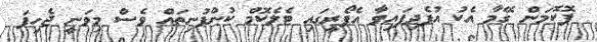
ޕޮކޮމަން ގޭމާ އެކު އުފެދިފައިވާ އެފޯރީގައި ޓެލެކޮމް ކުންފުނިތައް ވެސް މިވަނީ ޖެހިފަ